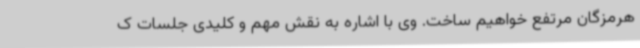
هرمزگان مرتفع خواهیم ساخت. وی با اشاره به نقش مهم و کلیدی جلسات ک